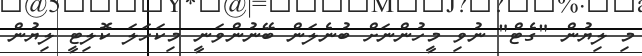
މި ލިޔުން "ގެޓް" ނުވި މީހުންނަށް ބުނެލަން ބޭނުންވަނީ މިކަހަލަ ކޮލިޓީ ލިޔުން